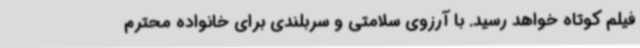
فیلم کوتاه خواهد رسید. با آرزوی سلامتی و سربلندی برای خانواده محترم